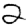
Digit: 2